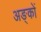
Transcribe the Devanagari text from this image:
अङ्कों